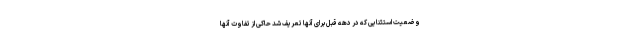
وضعیت استثنایی که در دهه قبل برای آنها تعریف شد حاکی از تفاوت آنها